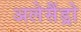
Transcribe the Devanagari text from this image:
अलेसैंड्रो